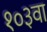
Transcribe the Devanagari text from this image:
१०३वा